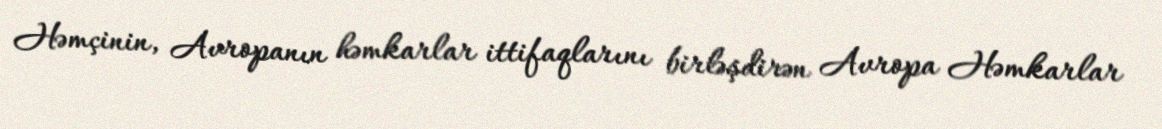
Həmçinin, Avropanın həmkarlar ittifaqlarını birləşdirən Avropa Həmkarlar